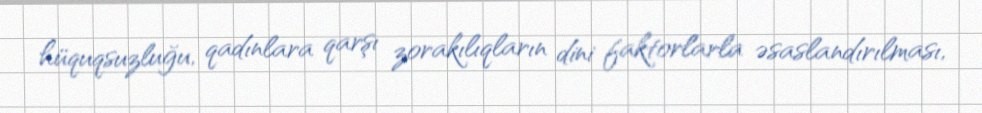
hüquqsuzluğu, qadınlara qarşı zorakılıqların dini faktorlarla əsaslandırılması,